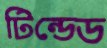
টিন্ডেড